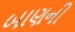
બાણની